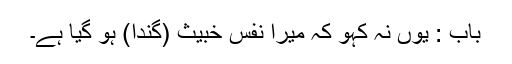
باب : یوں نہ کہو کہ میرا نفس خبیث (گندا) ہو گیا ہے۔